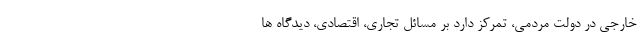
خارجی در دولت مردمی، تمرکز دارد بر مسائل تجاری، اقتصادی، دیدگاه ها